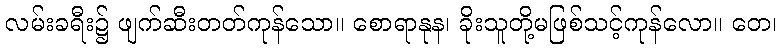
လမ်းခရီး၌ ဖျက်ဆီးတတ်ကုန်သော။ စောရာနုန၊ ခိုးသူတို့မဖြစ်သင့်ကုန်လော။ တေ၊